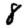
Digit: 8